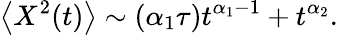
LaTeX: \left<X^{2}(t)\right>\sim(\alpha_{1}\tau)t^{\alpha_{1}-1}+t^{\alpha_{2}}.